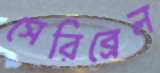
সেরিব্রেল